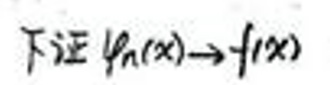
下证 \(\varphi_n(x) \to f(x)\)